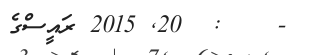
-    :  20